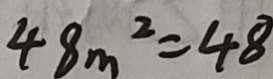
4 8 m ^ { 2 } = 4 8